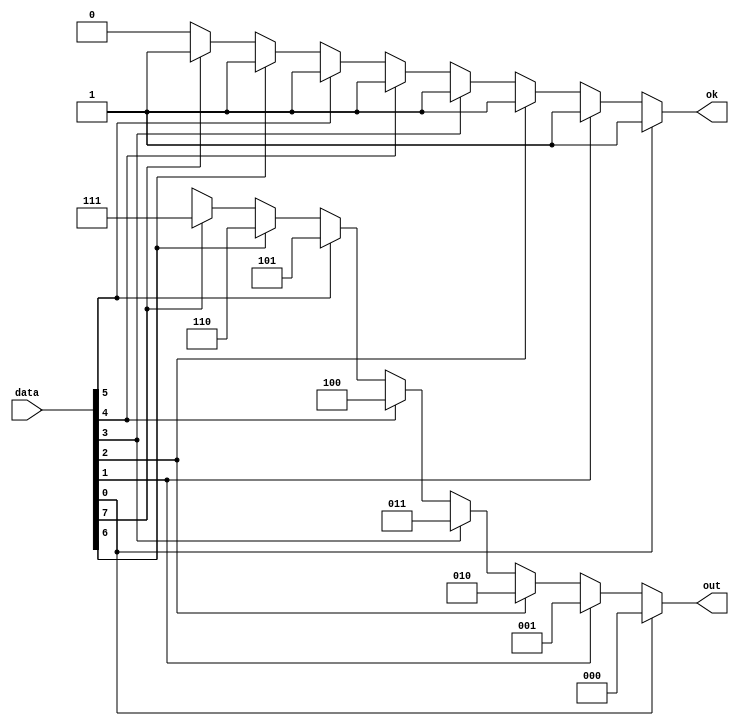
module priority_en(data,out,ok);
	input [7:0] data;
	output reg [2:0] out;
	output reg ok;
	integer i;
	always @(data)
		begin
				ok=1'b1;
			   if(data[0]) out = 3'b000;  
				else if(data[1]) out = 3'b001;  
				else if(data[2]) out = 3'b010;  
				else if(data[3]) out = 3'b011;  
				else if(data[4]) out = 3'b100;  
				else if(data[5]) out = 3'b101;  
				else if(data[6]) out = 3'b110;  
				else if(data[7]) out = 3'b111;  
				else 
					begin
						out = 3'bxxx;
						ok=1'b0;
					end	
		end


endmodule